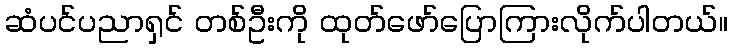
ဆံပင်ပညာရှင် တစ်ဦးကို ထုတ်ဖော်ပြောကြားလိုက်ပါတယ်။